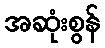
အဆုံးစွန်